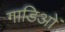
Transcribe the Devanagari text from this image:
गाडिओं